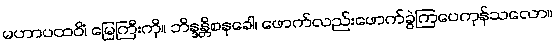
မဟာပထဝိံ၊ မြေကြီးကို။ ဘိန္ဒန္တိစနုခေါ၊ ဖောက်လည်းဖောက်ခွဲကြပေကုန်သလော။